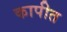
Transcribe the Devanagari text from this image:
कापीत